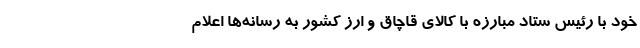
خود با رئیس ستاد مبارزه با کالای قاچاق و ارز کشور به رسانه‌ها اعلام